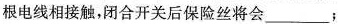
根电线相接触，闭合开关后保险丝将会___；